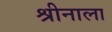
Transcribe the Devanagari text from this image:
श्रीनाला